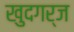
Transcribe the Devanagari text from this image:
खुदगर्ज